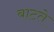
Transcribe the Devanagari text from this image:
बाटते